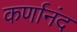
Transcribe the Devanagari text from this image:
कर्णानंद